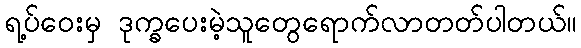
ရ့ပ်ဝေးမှ ဒုက္ခပေးမဲ့သူတွေရောက်လာတတ်ပါတယ်။